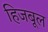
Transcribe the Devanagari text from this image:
हिजबूल